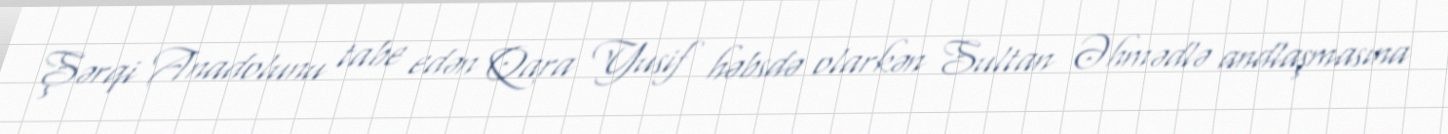
Şərqi Anadolunu tabe edən Qara Yusif həbsdə olarkən Sultan Əhmədlə andlaşmasına